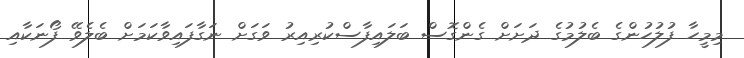
މިމީހާ ފުލުހުންގެ ބެލުމުގެ ދަށަށް ގެންގޮސް ބަލައިފާސްކުރިއިރު ވަގަށް ނަގާފައިވާކަމަށް ބެލެވޭ ފޯނަކާއި